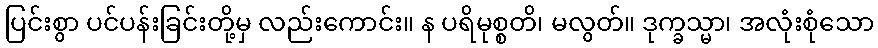
ပြင်းစွာ ပင်ပန်းခြင်းတို့မှ လည်းကောင်း။ န ပရိမုစ္စတိ၊ မလွတ်။ ဒုက္ခသ္မာ၊ အလုံးစုံသော